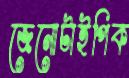
জেনোটাইপিক